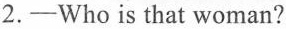
2.-Who is that woman?